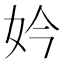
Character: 妗